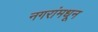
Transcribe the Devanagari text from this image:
नगरांमधून